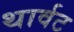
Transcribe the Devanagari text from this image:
थार्वट